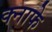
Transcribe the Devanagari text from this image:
क्नाफे